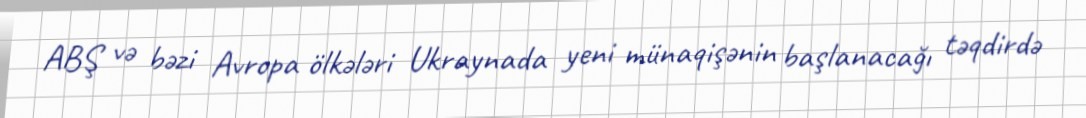
ABŞ və bəzi Avropa ölkələri Ukraynada yeni münaqişənin başlanacağı təqdirdə